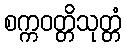
စက္ကဝတ္တိသုတ္တံ